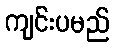
ကျင်းပမည်